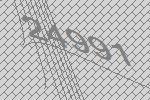
24991